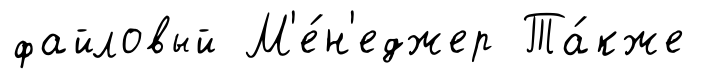
файловый М'е́н'еджер Та́кже